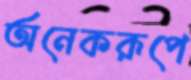
অনেকরূপে